Vital statistics of India. Vol. IV, Annual returns from 1871 to 1876. British Army of India, Native Army and jails of Bengal
Year: 1871
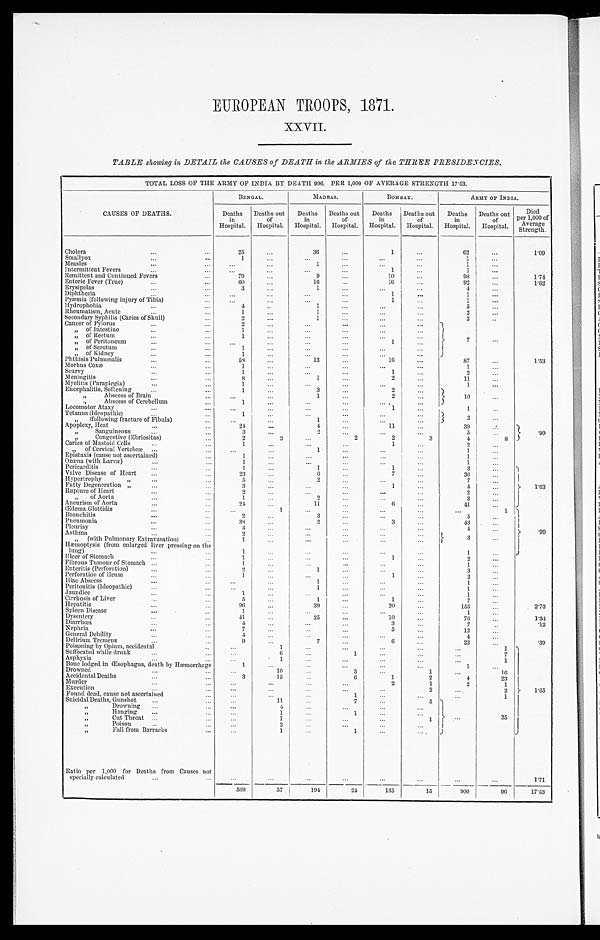
EUROPEAN TROOPS, 1871.
XXVII.
TABLE showing in DETAIL the CAUSES of DEATH in the ARMIES of the THREE PRESIDENCIES.
TOTAL LOSS OF THE ARMY OF INDIA BY DEATH 996. PER 1,000 OF AVERAGE STRENGTH 17.53.
CAUSES OF DEATHS.
BENGAL.
M A D R A S .
BOMBAY.
ARMY OF I NDI A.
Deaths
in
Hospital.
Deaths out
of
Hospital.
Deaths
in
Hospital.
Deaths out
of
Hospital.
Deaths
in
Hospital.
Deaths out
of
Hospital.
Deaths
in
Hospital.
Deaths out
of
Hospital.
D i e d
p e r 1 , 0 0 0 o f
Average
strength.
Cholera
...
...
25
. . .
36
. . .
1
. . .
62
. . .
1.09
Smallpox
...
...
1
. . .
. . .
. . .
. . .
. . .
1
. . .
Measles
...
. . .
...
1
. . .
. . .
. . .
1
. . .
Intermittent Fevers ...
. . .
. . .
. . .
. . .
1
. . .
1
. . .
Remittent and Continued Fevers
79
. . .
9
. . .
10
. . .
98
...
1.74
Enteric Fever (True)
...
...
60
. . .
16
...
16
...
92
. . .
1.62
Erysipelas
...
3 . . .
1
. . .
. . .
. . .
4
. . .
Diphtheria
...
...
. . .
...
. . . ...
1
. . .
1
. . .
Pyæmia (following injury of Tibia)
. . .
. . .
. . .
. . .
. . .
1 ...
1
. . .
Hydrophobia
...
. . .
4
. . .
1
. . .
. . .
...
5 ...
Rheumatism, Acute
...
. . .
1
...
1
...
. . .
. . .
2 ...
Secondary Syphilis (Caries of Skull)
. . .
2
. . .
1
...
. . .
...
3
. . .
Cancer of Pylorus
...
. . .
2 . . .
. . .
. . .
. . .
. . .
7
...
,, of Intestine
. . .
1 . . .
. . . ...
. . .
...
,, of Rectum
. . .
1
. . .
. . .
. . .
. . .
...
, , o f P e r i t o n e u m
. . .
. . .
...
. . .
...
1 ...
,,
of Serotum
...
. . .
1
. . .
. . .
. . .
. . .
. . .
,, of Kidney
...
. . .
1 ...
. . .
. . .
. . .
. . .
Phthisis Pulmonalis
...
58
. . .
13 ...
16
. . .
87
. . .
1.53
Morbus Coxæ
. . .
1 ...
. . . ...
. . .
. . .
1
. . .
Scurvy
. . .
1
. . .
. . . ...
1
. . .
2
. . .
Meningitis
. . .
8 ...
1
. . .
2 ...
11 ...
Myelitis (Paraplegia)
...
. . .
1
. . .
. . .
...
. . .
...
1
. . .
Encephalitis, Softening
...
. . .
1 ...
3
. . .
2
. . .
10
...
,,
Abscess of Brain
. . .
...
1 ...
2
. . .
. . .
,,
Abscess of Cerebellum
. . .
1
. . .
. . .
. . .
. . .
. . .
...
Locomotor Ataxy
...
. . .
. . .
...
. . .
...
1
. . .
1
. . .
,, Tetanus (Ideopathic)
...
. . .
1 ...
. . .
. . .
. . .
. . .
2
. . .
,,
(following fracture of Fibula)
. . .
. . .
...
1 ...
. . .
. . .
...
Apoplexy, Heat
...
. . .
24
. . .
4
. . .
11
. . .
39
. . .
.99
,,
Sanguineons
. . .
3 ...
2
. . .
. . .
. . .
5
. . .
, , C o n g e s t i v e ( E b r i o s i t a s )
. . .
2
3
. . .
2
2
3
4
8
Caries of Mastoid Cells
. . .
1
. . .
. . .
. . .
1
. . .
2
. . .
,,
of Cervical Vertebræ
. . .
. . .
...
1
. . .
. . .
. . .
1
. . .
Epistaxis (cause not ascertained) ... 1
. . .
. . .
. . .
. . . ...
1
. . .
Ozœna (with Larvæ)
...
. . .
1
. . .
. . .
...
. . .
...
1 ...
Pericarditis
...
. . .
1
. . .
1
. . .
1
. . .
3
. . .
Valve Disease of Heart
. . .
23
. . .
6 ...
7
. . .
36
. . .
1.63
Hypertrophy
,,
...
. . .
5
. . .
2
. . .
. . .
. . .
7
. . .
Fatty Degeneration ,,
...
3
. . .
. . .
. . .
1
. . .
4 ...
Rupture of Heart
. . .
2 ...
. . .
...
. . .
. . .
2
. . .
„
of Aorta
1
. . .
2
. . .
. . .
. . .
3 ...
Aneurism of Aorta
...
2 4
...
11
. . .
6 ...
41
. . .
Œdema Glottidis
. . .
1
. . .
. . .
. . .
. . .
. . .
1
.99
Bronchitis
. . .
2
. . .
3 ...
. . .
...
5
. . .
Pneumonia
. . .
38
. . .
2
. . .
3
. . .
43 ...
Pleurisy
. . .
Asthma
. . .
4
2
. . .
. . .
. . .
. . .
. . .
. . .
. . .
. . .
. . .
. . .
4
. . .
,,
(with Pulmonary Extravasation)
...
1
. . .
. . .
. . .
. . . ...
3
. . .
Hæmoptysis (from enlarged liver pressing on the
lung)
...
. . .
1
...
. . .
. . .
. . . ...
1
. . .
Ulcer of Stomach
. . .
1
. . .
. . .
. . .
1
. . .
2
. . .
Fibrous Tumour of Stomach
. . .
1
. . .
. . .
. . .
. . . ...
1 ...
Enteritis (Perforation)
...
. . .
2 ...
1 ...
. . .
. . .
3
. . .
Perforation of Ileum
...
1
. . .
. . .
. . .
1
. . .
2 ...
Iliac Abscess
. . .
. . .
...
1
...
. . .
...
1 ...
Peritonitis (Ideopathic)
. . . ...
. . .
1 ...
. . .
. . .
1 ...
Jaundice
. . .
1
. . .
. . .
. . .
. . .
. . .
1
. . .
Cirrhosis of Liver
...
. . .
5
. . .
1
. . .
1
. . .
7
. . .
Hepatitis
...
. . .
96
. . .
39 ...
20
. . .
155 ...
2.3
Spleen Disease
. . .
1
. . .
. . . ...
. . .
. . .
1 ...
Dysentery
. . .
4 1
...
25
. . .
10
. . .
76
. . .
1.34
Diarrhœa
. . .
4
. . .
. . .
...
3 ...
7
. . .
. 1 2
Nephria
. . .
7
. . .
. . .
. . .
5 ...
12
. . .
General Debility
. . .
4
. . .
. . .
...
. . .
. . .
4
. . .
Delirium Tremens
. . .
9
. . .
7 ...
6 ...
22
. . .
.39
Poisoning by Opium, accidental
. . .
. . .
1
. . .
. . .
. . . ...
. . .
1
1 . 6 5
Suffocated while drunk
. . .
. . .
6
. . .
1
. . . ...
. . .
7
Asphyxia
. . .
. . .
1
. . .
. . .
. . . ...
. . .
1
Bone lodged in Œsophagus, death by Hæmorrhage
1
. . .
. . . ...
. . .
. . .
1
. . .
Drowned
. . .
. . .
1 0
. . .
5
. . .
1
. . .
16
Accidental Deaths
. . .
3
15
. . .
6
1
2
4
23
Murder
...
. . .
. . .
. . .
. . .
2
1
2
1
Execution
. . .
. . .
. . .
. . .
. . .
. . .
2
. . .
2
Found dead, cause not ascertained
. . .
...
. . .
. . .
1
. . .
. . .
. . .
1
Suicidal Deaths, Gunshot
...
. . .
. . .
11
. . .
7
. . .
5 . . .
35
,,
Drowning
...
. . .
. . .
4
. . .
. . .
. . .
. . .
,,
Hanging
...
. . .
...
1
. . .
1
. . .
. . .
, ,
Cut Throat
. . .
. . .
1
. . .
. . .
. . .
1
, , Poison
. . .
. . .
2
. . .
. . .
. . .
. . .
,,
Fall from Barracks
. . .
. . .
1
. . .
1
. . .
. . .
Ratio per 1,000 for Deaths from Causes not
specially calculated
...
. . .
. . .
. . .
. . .
. . .
. . .
. . .
. . .
. . .
1.71
569
57
194
24
135
15
900
96
17.53